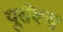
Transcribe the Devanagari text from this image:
यूसैक्स